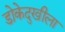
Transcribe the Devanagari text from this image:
डोकेदुखीला